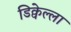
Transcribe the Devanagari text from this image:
डिक्वेल्ला